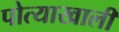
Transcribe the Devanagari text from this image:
पोत्याखाली